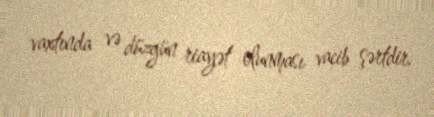
vaxtında və düzgün riayət olunması vacib şərtdir.